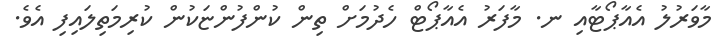
މާވަރުލު އެއާޕޯޓާއި ނ. މާފަރު އެއާޕޯޓް ހެދުމަށް ތިން ކުންފުންޏަކުން ކުރިމަތިލައިފި އެވެ.